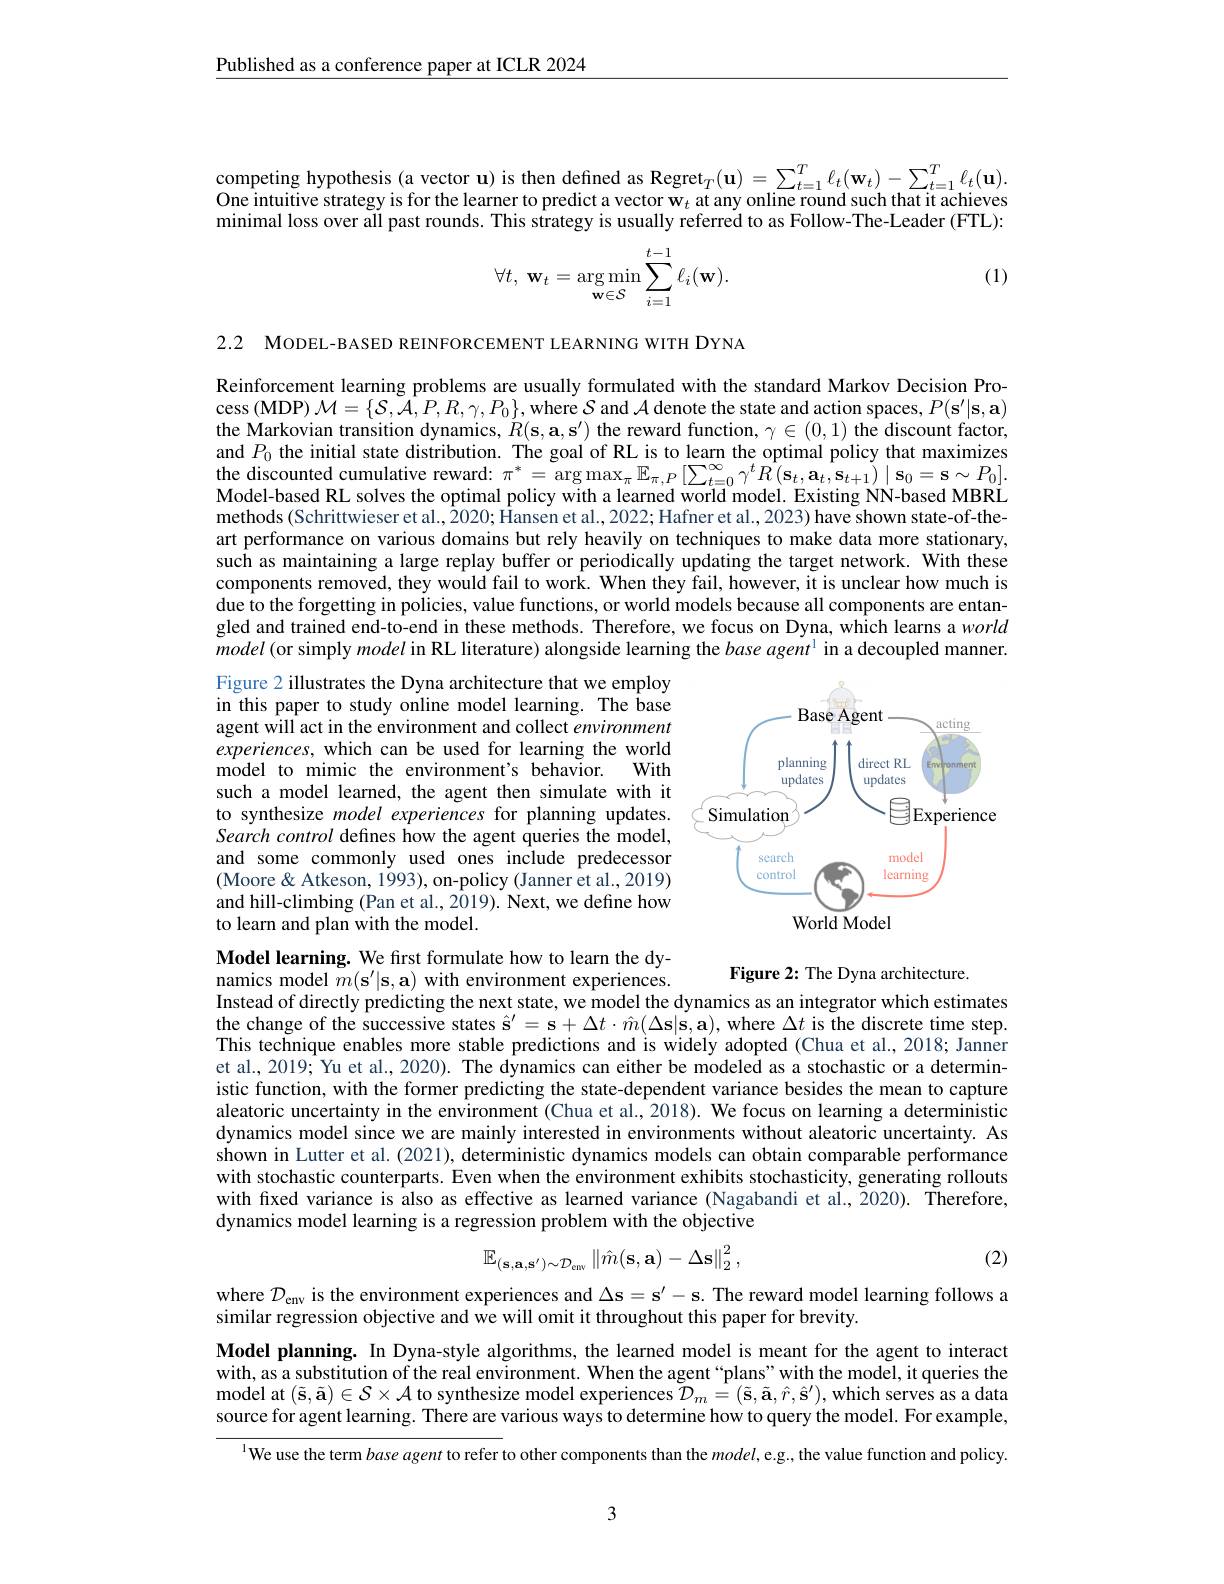
Published as a conference paper at ICLR 2024

competing hypothesis (a vector u) is then defined as Regret$_T(\mathbf{u})=\sum_{t=1}^T\ell_t(\mathbf{w}_t)-\sum_{t=1}^T\ell_t(\mathbf{u}).$ One intuitive strategy is for the learner to predict a vector $\mathbf{w}_t$ at any online round such that it achieves minimal loss over all past rounds. This strategy is usually referred to as Follow-The-Leader (FTL):
$$\forall t,\:\mathbf{w}_t=\underset{\mathbf{w}\in\mathcal{S}}{\arg\min}\sum_{i=1}^{t-1}\ell_i(\mathbf{w}).$$
(1)

2.2 MODEL-BASED REINFORCEMENT LEARNING WITH DYNA

Reinforcement learning problems are usually formulated with the standard Markov Decision Process (MDP) $\mathcal{M}=\{\mathcal{S},\mathcal{A},P,R,\gamma,P_{0}\}$,where $\mathcal{S}$ and $\mathcal{A}$ denote the state and action spaces, $P(\mathbf{s}^\prime|\mathbf{s},\mathbf{a})$ the Markovian transition dynamics, $R(\mathbf{s},\mathbf{a},\mathbf{s}^{\prime})$ the reward function, $\gamma\in(0,1)$ the discount factor, and $P_0$ the initial state distribution. The goal of RL is to learn the optimal policy that maximizes the discounted cumulative reward: $\pi ^{* }= \arg \max _{\pi , P}\mathbb{E} _{\pi , P}\left [ \sum _{t= 0}^{\infty }\gamma ^{t}R( \mathbf{s} _{t}, \mathbf{a} _{t}, \mathbf{s} _{t+ 1}) \mid \mathbf{s} _{0}= \mathbf{s} \sim P_{0}\right ] .$ Model- based RL solves the optimal policy with a learned world model. Existing NN- based MBRL methods (Schrittwieser et al., $\bar{2}020;\bar{\text{Hansenetal.,2022;Hafneretal.,2023)have shown state-of-the--}}$ art performance on various domains but rely heavily on techniques to make data more stationary, such as maintaining a large replay buffer or periodically updating the target network. With these components removed, they would fail to work. When they fail, however, it is unclear how much is due to the forgetting in policies, value functions, or world models because all components are entangled and trained end-to-end in these methods. Therefore, we focus on Dyna, which learns a world model (or simply model in RL literature) alongside learning the $baseagent^1$ in a decoupled manner.

<FigureHere>
World Model

Figure 2 illustrates the Dyna architecture that we employ in this paper to study online model learning. The base agent will act in the environment and collect environment experiences, which can be used for learning the world model to mimic the environment's behavior.
With
such a model learned, the agent then simulate with it to synthesize model experiences for planning updates. Search control defines how the agent queries the model, and some commonly used ones include predecessor (Moore & Atkeson, 1993), on-policy (Janner et al., 2019) and hill-climbing (Pan et al., 2019). Next, we define how to learn and plan with the model.

Model learning. We frst formulate how to learn the dy-

## Figure 2: The Dyna architecture

namics model $\bar{m}(\mathbf{s}^{\prime}|\mathbf{s},\mathbf{a})$ with environment experiences.
Instead of directly predicting the next state, we model the dynamics as an integrator which estimates the change of the successive states $\hat{\mathbf{s}}^\prime=\mathbf{s}+\Delta t\cdot\hat{m}(\Delta\mathbf{s}|\mathbf{s},\mathbf{a})$,where $\Delta t$ is the discrete time step. This technique enables more stable predictions and is widely adopted (Chua et al., 2018; Janner et al., 2019; Yu et al., 2020). The dynamics can either be modeled as a stochastic or a deterministic function, with the former predicting the state-dependent variance besides the mean to capture aleatoric uncertainty in the environment (Chua et al.,2018). We focus on learning a deterministic dynamics model since we are mainly interested in environments without aleatoric uncertainty. As shown in Lutter et al. (2021), deterministic dynamics models can obtain comparable performance with stochastic counterparts. Even when the environment exhibits stochasticity, generating rollouts with fixed variance is also as effective as learned variance (Nagabandi et al.,2020). Therefore, dynamics model learning is a regression problem with the objective

(2)
$$\mathbb{E}_{(\mathbf{s},\mathbf{a},\mathbf{s}^{\prime})\sim\mathcal{D}_{\mathrm{env}}}\left\|\hat{m}(\mathbf{s},\mathbf{a})-\Delta\mathbf{s}\right\|_{2}^{2},$$
where $\mathcal{D}_\mathrm{env}$ is the environment experiences and $\Delta\mathbf{s}=\mathbf{s}^{\prime}-\mathbf{s}.$ The reward model learning follows a
similar regression objective and we will omit it throughout this paper for brevity.

Model planning. In Dyna-style algorithms, the learned model is meant for the agent to interact with, as a substitution of the real environment. When the agent “plans”with the model, it queries the model at ( $\tilde{s}$, $\tilde{\mathbf{a} }$) $\in \mathcal{S} \times \mathcal{A}$ to synthesize model experiences $\tilde{D} _m$= ( $\tilde{\mathbf{s} }$, $\tilde{\mathbf{a} }$, $\hat{r}$, $\hat{\mathbf{s} } ^\prime$) , which serves as a data source for agent learning. There are various ways to determine how to query the model. For example,

$^{\text{l}}$We use the term base agent to refer to other components than the $model$,e.g., the value function and policy.

3